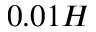
0 . 0 1 H